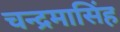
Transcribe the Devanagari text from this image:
चन्द्रमासिंह